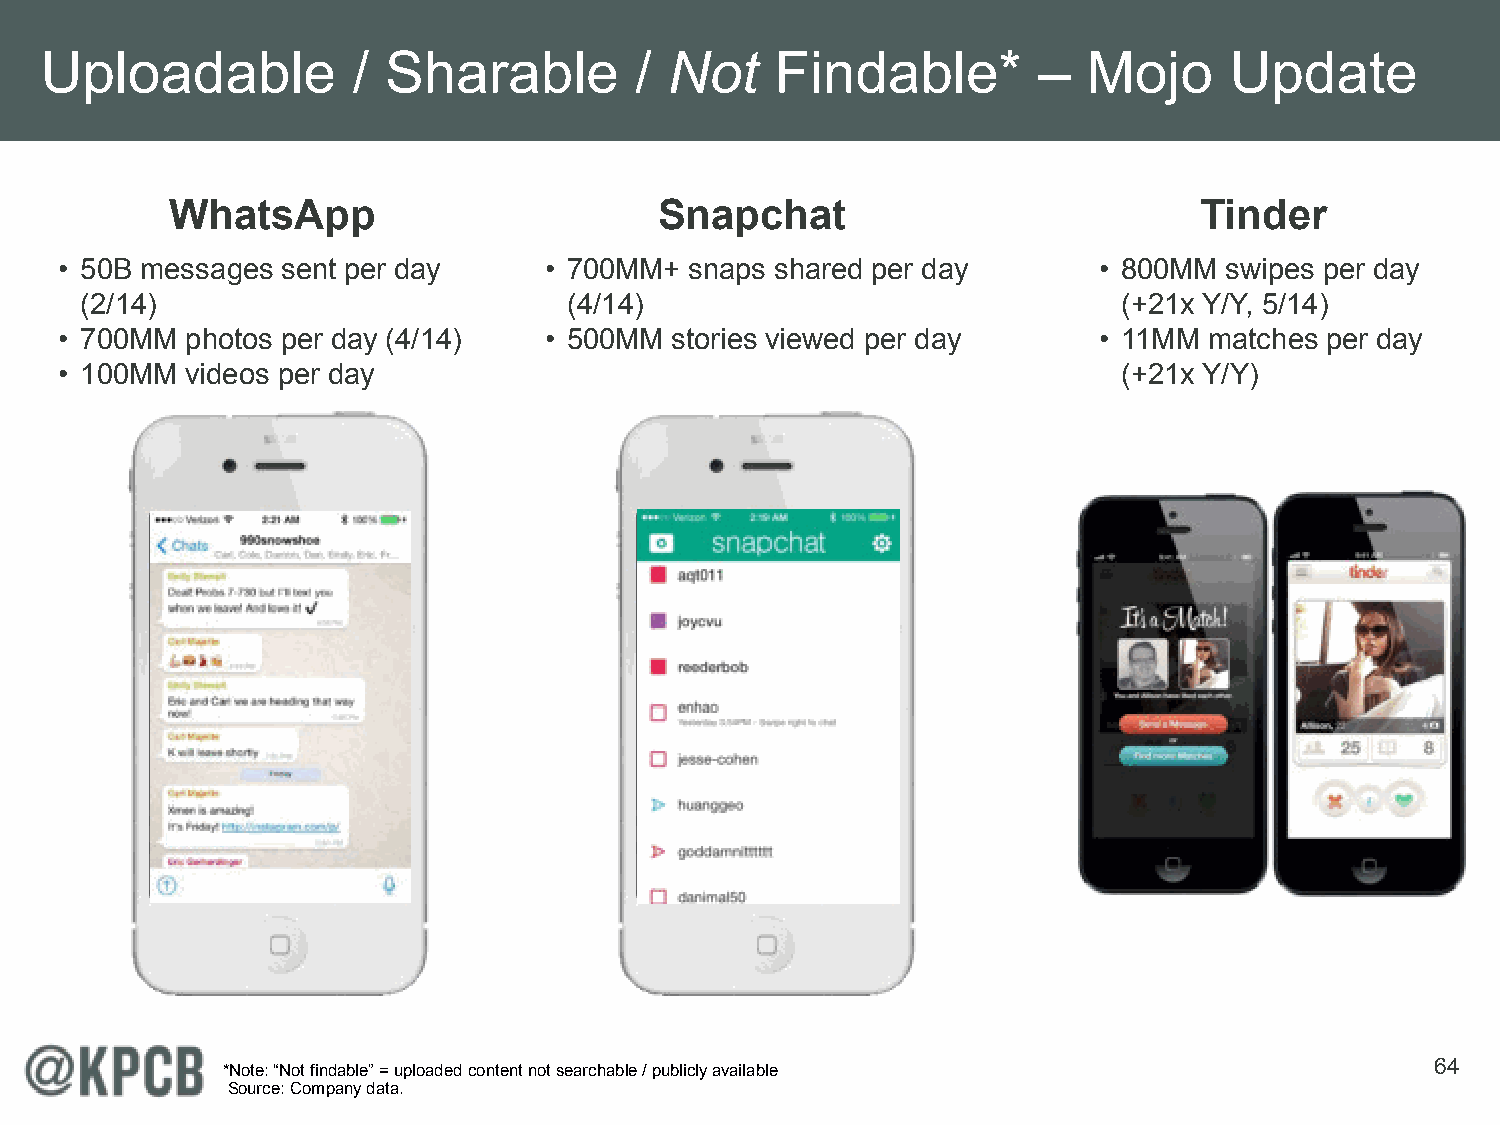
Uploadable          / Sharable         / Not    Findable*         –  Mojo     Update
 WhatsApp                         Snapchat                           Tinder
 • 50B messages sent per day     • 700MM+  snaps shared per day       • 800MM swipes per day
 (2/14)                           (4/14)                              (+21x Y/Y, 5/14)
 • 700MM photos per day (4/14)   • 500MM stories viewed per day       • 11MM matches per day
 • 100MM videos per day                                                (+21x Y/Y)
 64
 *Note: “Not findable” = uploaded content not searchable / publicly available
 Source: Company data.